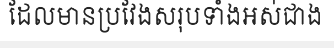
ដែលមានប្រវែងសរុបទាំងអស់ជាង